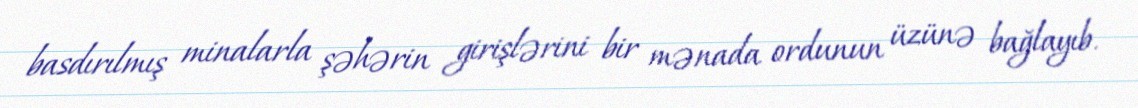
basdırılmış minalarla şəhərin girişlərini bir mənada ordunun üzünə bağlayıb.